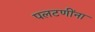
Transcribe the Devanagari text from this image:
पलटणींना